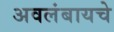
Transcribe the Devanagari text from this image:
अवलंबायचे